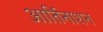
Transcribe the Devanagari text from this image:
आर्तिनाशन